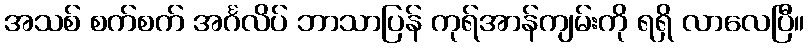
အသစ် စက်စက် အင်္ဂလိပ် ဘာသာပြန် ကုရ်အာန်ကျမ်းကို ရရှိ လာလေပြီ။